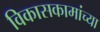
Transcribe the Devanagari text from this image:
विकासकामांच्या